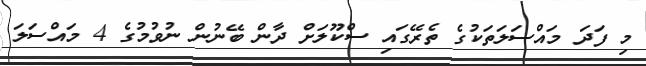
މި ފަދަ މައްސަލަތަކުގެ ތެރޭގައި ސްކޫލަށް ދާން ބޭނުން ނުވުމުގެ 4 މައްސަލަ